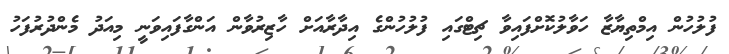
ފުލުހުން އިމްތިޔާޒާ ހަވާލުކޮށްފައިވާ ޗިޓްގައި ފުލުހުންގެ އިދާރާއަށް ހާޒިރުވާން އަންގާފައިވަނީ މިއަދު މެންދުރުފަހު